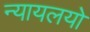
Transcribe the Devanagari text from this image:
न्यायलयो